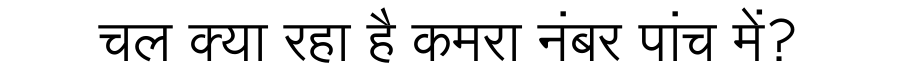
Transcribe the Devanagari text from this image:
चल क्या रहा है कमरा नंबर पांच में?